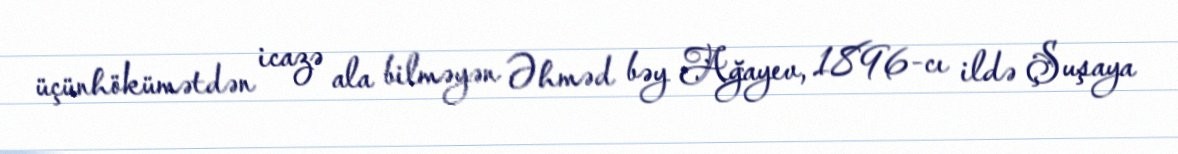
üçünhökümətdən icazə ala bilməyən Əhməd bəy Ağayev, 1896-cı ildə Şuşaya